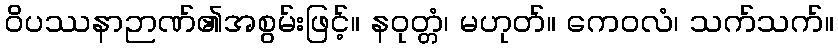
ဝိပဿနာဉာဏ်၏အစွမ်းဖြင့်။ နဝုတ္တံ၊ မဟုတ်။ ကေဝလံ၊ သက်သက်။